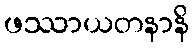
ဖဿာယတနာနိ